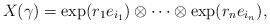
LaTeX: \begin{align*} X(\gamma) = \exp(r_{1}e_{i_{1}}) \otimes \cdots \otimes \exp(r_{n}e_{i_{n}}), \end{align*}